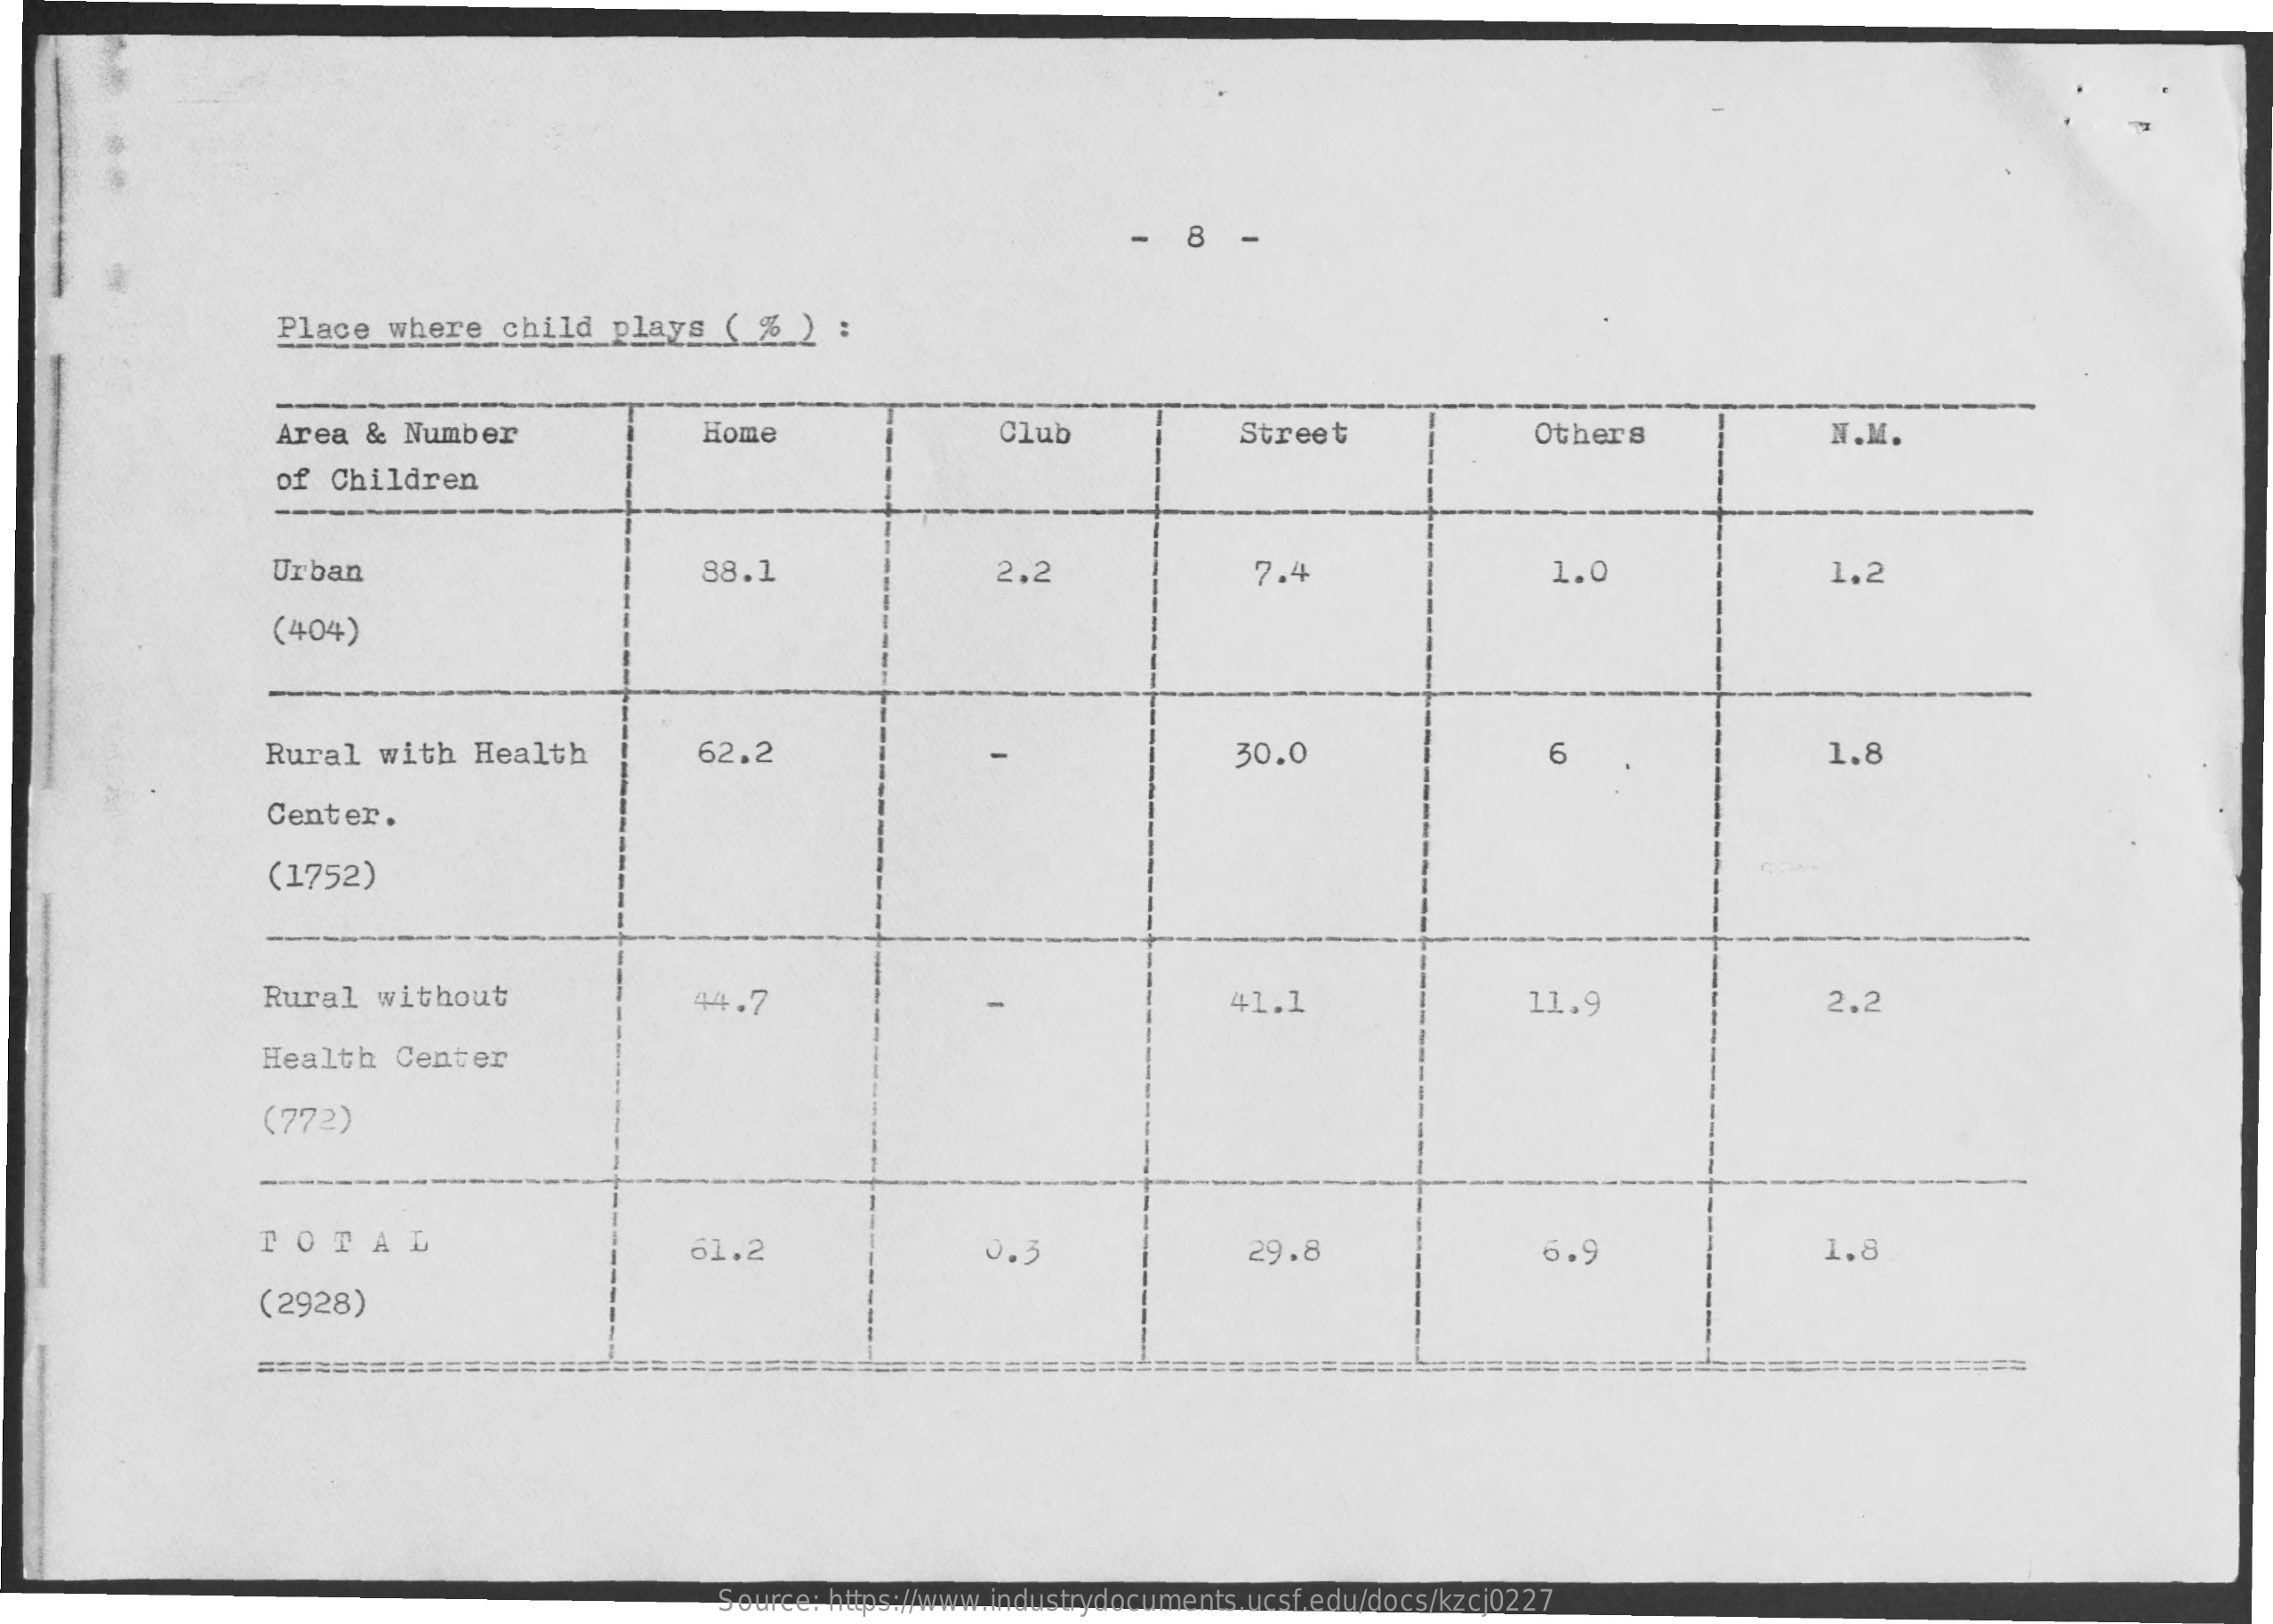
8
     Place   where   child  plays   (  %)   :
     Area  & Number    Home    Club    Street    Others    N.M.
     of Children
     Urban    88.1
     ----    2.2    7.4    1.0    1.2
     (404)
     Rural   with  Health    62.2    30.0    6    1.8
     Center.
     (1752)
     Rural   without    44.7    41.1    11.9    2.2
     Health   Center
     (772)
     TOTAL    61.2    0.3    29.8    6.9    1.8
     (2928)
     ===============    ==========
     Source: https://www.industrydocuments.ucsf.edu/docs/kzcj0227